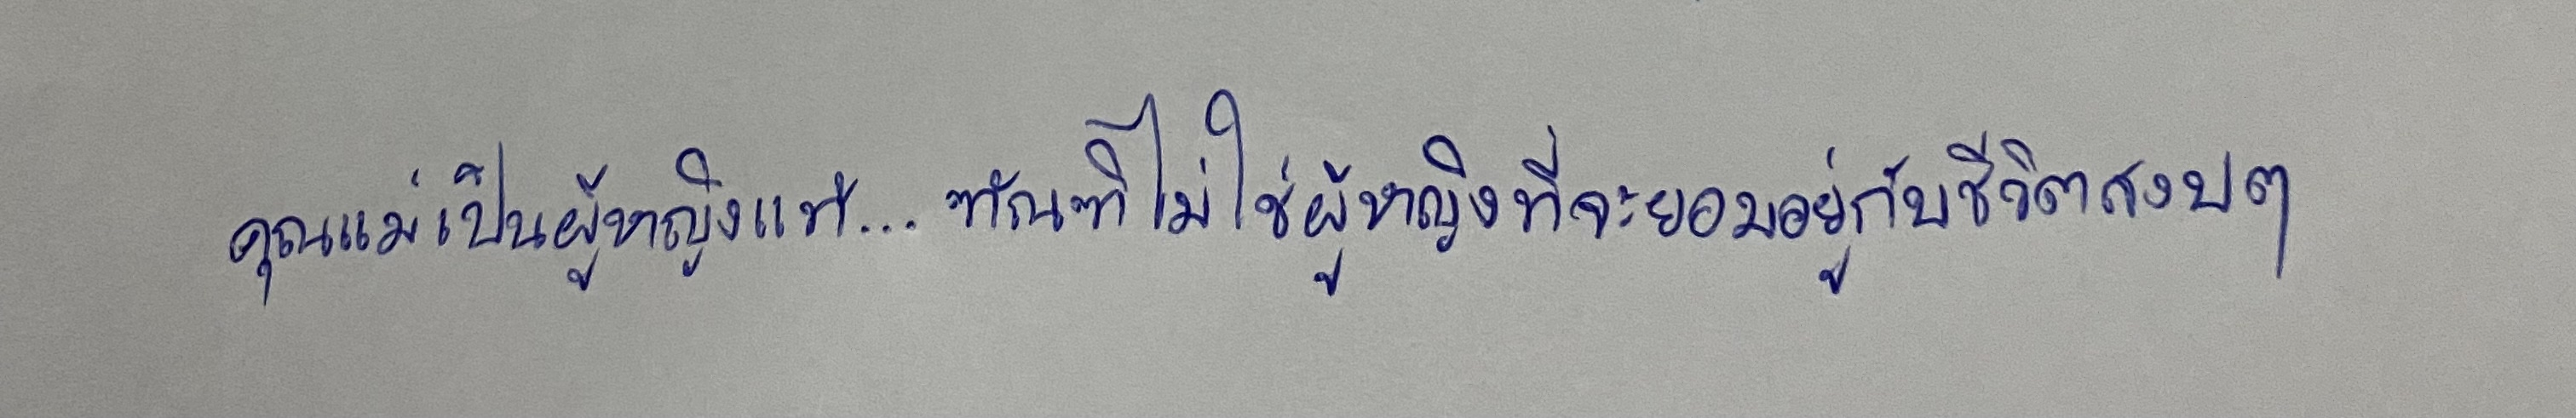
คุณแม่เป็นผู้หญิงแท้...ฑัณฑิไม่ใช่ผู้หญิงที่จะยอมอยู่กับชีวิตสงบๆ